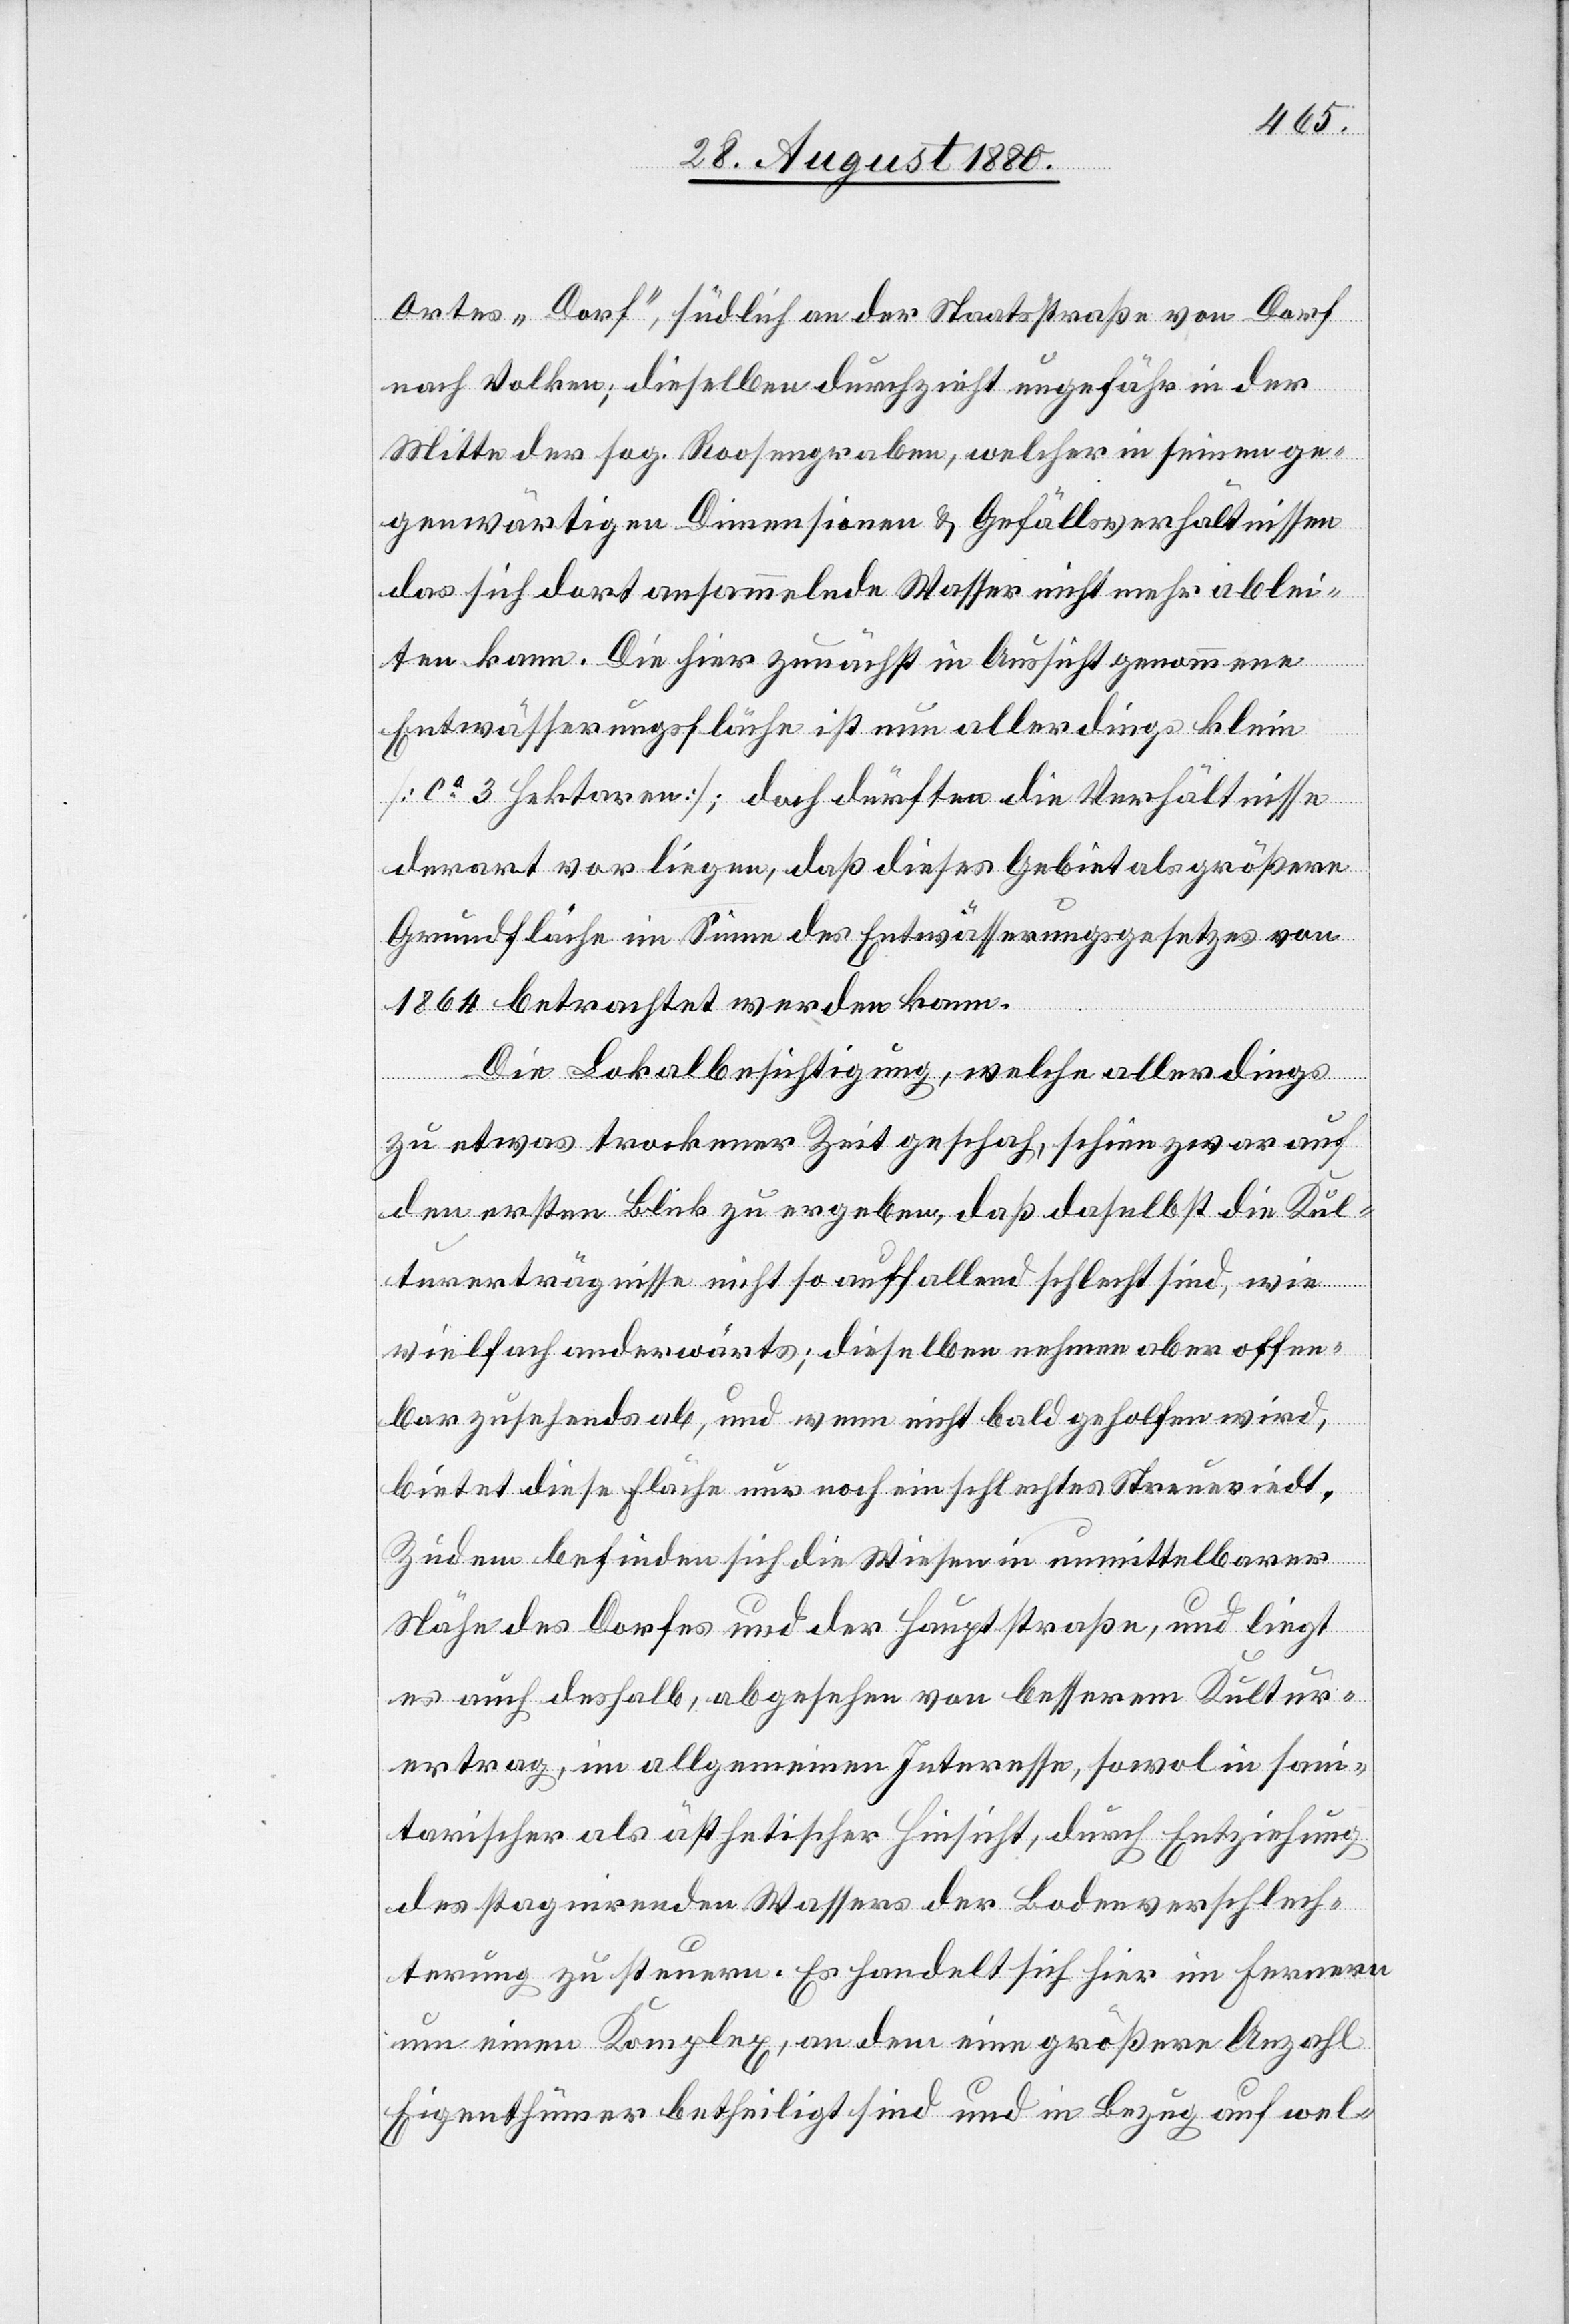
Ortes „Dorf“, südlich an der Staatsstraße von Dorf
nach Volken; dieselben durchzieht ungefähr in der
Mitte der sog. Roosengraben, welcher in seinen ge¬
genwärtigen Dimensionen& Gefällsverhältnissen
das sich dort ansammelnde Wasser nicht mehr ablei¬
ten kann. Die hier zunächst in Aussicht genommene
Entwässerungsfläche ist nun allerdings klein
[ca 3 Hektaren]; doch dürften die Verhältnisse
derart vorliegen, daß dieses Gebiet als größere
Grundfläche im Sinne des Entwässerungsgesetzes von
1864 betrachtet werden kann.
Die Lokalbesichtigung, welche allerdings
zu etwas trockener Zeit geschah, scheine zwar auf
den ersten Blick zu ergeben, daß daselbst die Kul¬
turerträgnisse nicht so auffallend schlecht sind, wie
vielfach anderwärts; dieselben nehmen aber offen¬
bar zusehends ab, und wenn nicht bald geholfen wird,
bietet diese Fläche nur noch ein schlechtes Streuriedt.
Zudem befinden sich die Wiesen in unmittelbarer
Nähe des Dorfes und der Hauptstraße, und liegt
es auch deshalb, abgesehen von besserem Kultur¬
ertrag, im allgemeinen Interesse, sowol in san¬
itarischer als ästhetischer Hinsicht, durch Entziehung
des stagnirenden Wassers der Bodenverschlech¬
terung zu steuern. Es handelt sich hier im Fernern
um einen Komplex, an dem eine größere Anzahl
Eigenthümer betheiligt sind und in Bezug auf wel-